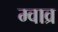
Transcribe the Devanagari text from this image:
म्वाव्र